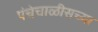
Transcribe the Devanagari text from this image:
पंचेचाळीसच्या